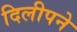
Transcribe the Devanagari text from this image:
दिलीपने